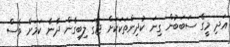
އަދި މީގެ ސަބަބުން ގިނަ ކުދިންތަކަކަށް ޖާގަ ލިބިގެން ދާނެ ކަމަށް ވެސް